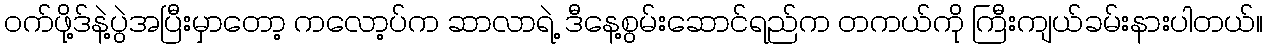
ဝက်ဖို့ဒ်နဲ့ပွဲအပြီးမှာတော့ ကလော့ပ်က ဆာလာရဲ့ ဒီနေ့စွမ်းဆောင်ရည်က တကယ်ကို ကြီးကျယ်ခမ်းနားပါတယ်။